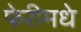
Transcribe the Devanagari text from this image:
फेरीमधे